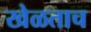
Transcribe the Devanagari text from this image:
खेळताच